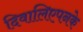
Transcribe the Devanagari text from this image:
दिवालिएपनके